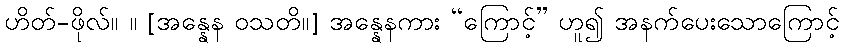
ဟိတ်-ဖိုလ်။ ။ [အန္နေန ဝသတိ။] အန္နေနကား “ကြောင့်” ဟူ၍ အနက်ပေးသောကြောင့်